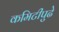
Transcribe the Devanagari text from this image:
कमिटीपुढे